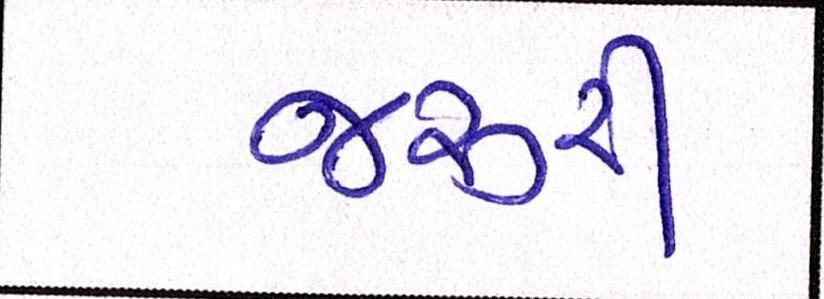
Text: જરૃરી